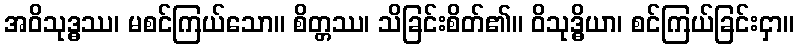
အဝိသုဒ္ဓဿ၊ မစင်ကြယ်သော။ စိတ္တဿ၊ သိခြင်းစိတ်၏။ ဝိသုဒ္ဓိယာ၊ စင်ကြယ်ခြင်းငှာ။